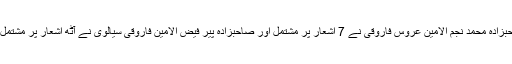
"سبیل عطا " کے لیے صاحبزادہ محمد نجم الامین عروس فاروقی نے 7 اشعار پر مشتمل اور صاحبزادہ پیر فیض الامین فاروقی سیالوی نے آٹھ اشعار پر مشتمل قطعہ تاریخ پیش کیا ہے ۔